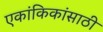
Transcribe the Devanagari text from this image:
एकांकिकांसाठी